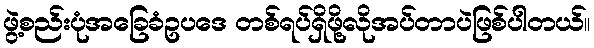
ဖွဲ့စည်းပုံအခြေခံဥပဒေ တစ်ရပ်ရှိဖို့လိုအပ်တာပဲဖြစ်ပါတယ်။